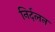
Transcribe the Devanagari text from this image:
निर्दलन